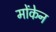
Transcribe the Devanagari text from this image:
मोंकेन